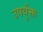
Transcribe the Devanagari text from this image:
उपर्युक्त